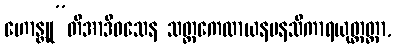
ဟောန္တူ”တိအာဒိဝသေန သတ္တကေလာယနမနသိကာရယုတ္တတ္တာ,